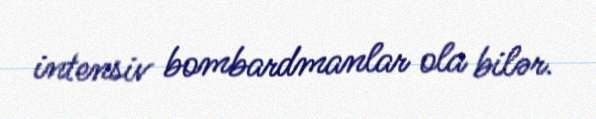
intensiv bombardmanlar ola bilər.